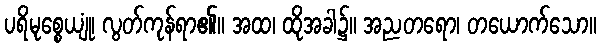
ပရိမုစ္စေယျုံ၊ လွတ်ကုန်ရာ၏။ အထ၊ ထိုအခါ၌။ အညတရော၊ တယောက်သော။